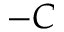
- C